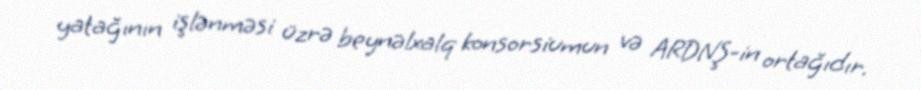
yatağının işlənməsi üzrə beynəlxalq konsorsiumun və ARDNŞ-in ortağıdır.